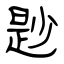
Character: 尟